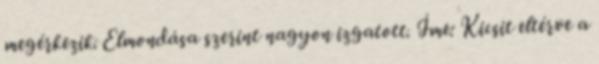
megérkezik. Elmondása szerint nagyon izgatott. Íme: Kicsit eltérve a